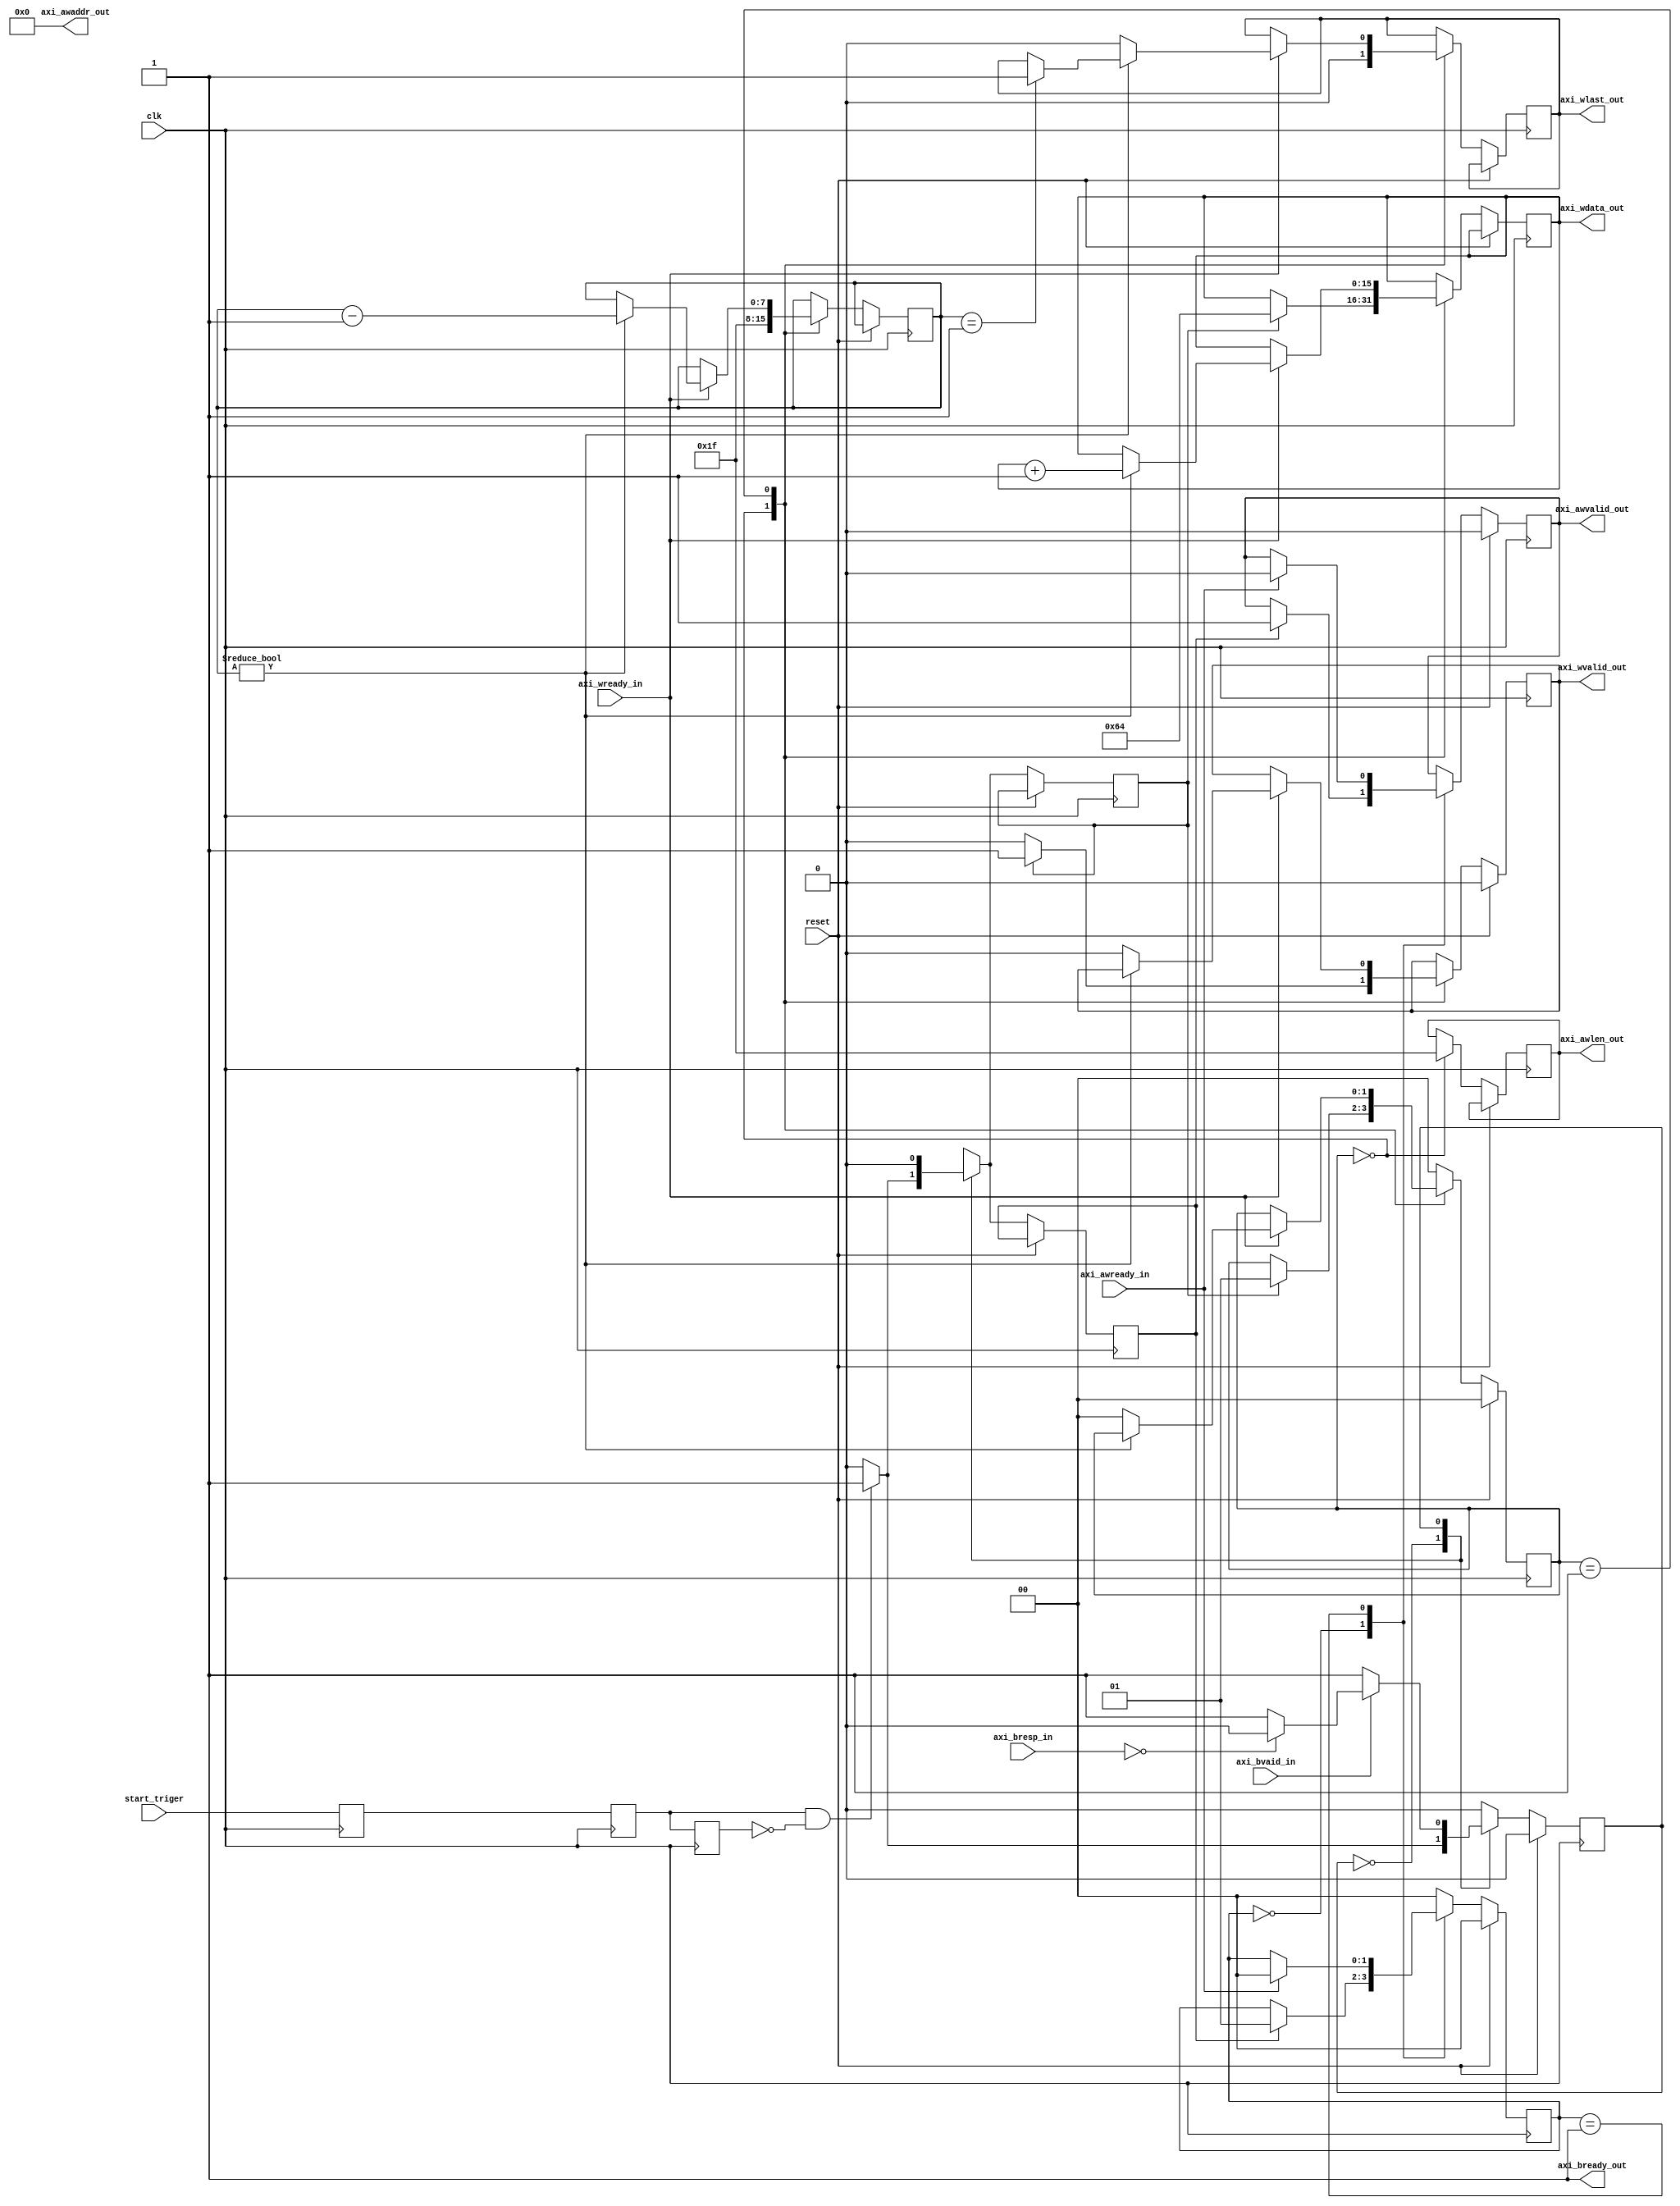
`default_nettype none

  module axim_write_control
    (
     input wire          clk,
     input wire          reset,

     input wire          start_triger,
     /*** axi interface ***/
     //Address Chanel
     input wire          axi_awready_in,
     output wire         axi_awvalid_out,
     output wire [7: 0]  axi_awlen_out,
     output wire [24: 0] axi_awaddr_out, //word address
     //Data Chanel
     input wire          axi_wready_in,
     output wire         axi_wvalid_out,
     output wire [15: 0] axi_wdata_out,
     output wire         axi_wlast_out,
     //Response Chanel
     output wire         axi_bready_out, //always Hi
     input wire          axi_bvaid_in,
     input wire [1: 0]   axi_bresp_in

    
     );

   localparam BURST_SIZE = 8'd32;
   //localparam BURST_SIZE = 8'd1;
   
   reg                   start_meta;
   reg                   start_1d;
   reg                   start_2d;
   

   always @(posedge clk) begin
      start_meta <= start_triger;
      start_1d <= start_meta;
      start_2d <= start_1d;
   end

   wire det_posedge_start;
   assign det_posedge_start = start_1d & ~start_2d;



   reg [15: 0] wdata;
   
   
   reg         axi_awvalid_reg;
   reg [7: 0]  axi_awlen_reg;

   reg         axi_wvalid_reg;
   reg         axi_wlast_reg;
   
   
   reg [7: 0]  burst_cnt_internal;


   //Top State Machine of Write Chanel
   reg         wseq_state;

   localparam WR_IDLE = 1'd0;
   localparam WR_WAIT = 1'd1;
   
   reg         start_flg_aw;
   reg         start_flg_w;
   
   
   always @(posedge clk) begin

      if (reset) begin
         wseq_state <= WR_IDLE;
      end
      else begin

         case (wseq_state)

           WR_IDLE : begin
              if (det_posedge_start) begin
                 start_flg_aw <= 1'b1;
                 start_flg_w <= 1'b1;

                 wseq_state <= WR_WAIT;
              end
              else begin
                 start_flg_aw <= 1'b0;
                 start_flg_w <= 1'b0;
              end
           end

           WR_WAIT : begin

              start_flg_aw <= 1'b0;
              start_flg_w <= 1'b0;

              if (axi_bvaid_in) begin
                 if (axi_bresp_in == 2'd0) begin
                    wseq_state <= WR_IDLE;               
                 end
              end
           end

           default : wseq_state <= WR_IDLE;
           
         endcase
         
      end
      
   end

   
   
   //State Machine of Address Chanel

   reg [1: 0]  state_aw;
   
   localparam IDLE_AW = 2'd0;
   localparam SET_AW = 2'd1;
   
   always @(posedge clk) begin

      if (reset) begin
         state_aw <= IDLE_AW;
         axi_awvalid_reg <= 1'b0;
      end
      else begin

         case (state_aw)

           IDLE_AW : begin
              
              if (start_flg_aw) begin
                 state_aw <= SET_AW;
                 axi_awvalid_reg <= 1'b1;
              end
           end

           SET_AW : begin
              
              if (axi_awready_in == 1'b1) begin
                 axi_awvalid_reg <= 1'b0;                
                 state_aw <= IDLE_AW;
              end
           end
           
           default : state_aw <= IDLE_AW;
           
         endcase // case (state_aw)
      end // else: !if(reset)
   end
   

   //State Machine of Data Chanel

   reg [1: 0] state_w;

   localparam IDLE_W = 2'd0;
   //localparam SET_W = 3'd1;
   localparam EXE_W = 2'd1;
   
   always @(posedge clk) begin

      if (reset) begin
         state_w <= IDLE_W;
         axi_wvalid_reg <= 1'b0;
      end
      else begin

         case (state_w)

           IDLE_W : begin

              burst_cnt_internal <= BURST_SIZE - 1'b1;
              axi_awlen_reg <= BURST_SIZE -1'b1;
              axi_wlast_reg <= 1'b0;
              axi_wvalid_reg <= 1'b0;


              if (start_flg_w) begin
                 state_w <= EXE_W;
                 axi_wvalid_reg <= 1'b1;
                 wdata <= 16'd100;
              end
              
           end // case: IDEL_W

           
           EXE_W : begin

              if (axi_wready_in == 1'b1) begin
                 if (burst_cnt_internal != 7'd0) begin
                    burst_cnt_internal <= burst_cnt_internal -1'd1;

                    wdata <= wdata + 1'b1;

                    if (burst_cnt_internal == 7'd1) begin
                       axi_wlast_reg <= 1'b1;
                    end
                 end
                 else begin
                    state_w <= IDLE_W;
                    axi_wvalid_reg <= 1'b0;
                    axi_wlast_reg <= 1'b0;
                 end
              end // if (axi_wready_in == 1'b1)
           end // case: EXE_W

           default : state_w <= IDLE_W;
           
         endcase // case (state_w)
      end // else: !if(reset)
   end // always @ (posedge clk)
   
   

   

   //output assign
   assign axi_awvalid_out = axi_awvalid_reg;
   assign axi_awlen_out = axi_awlen_reg;

   assign axi_wvalid_out = axi_wvalid_reg;

   assign axi_wdata_out = wdata;
   assign axi_wlast_out = axi_wlast_reg;
   
   assign axi_awaddr_out = 25'd0;

   assign axi_bready_out = 1'b1;
   
   
endmodule


`default_nettype wire